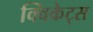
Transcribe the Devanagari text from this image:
क्विकेट्स